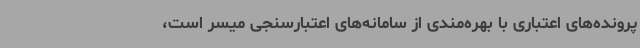
پرونده‌های اعتباری با بهره‌مندی از سامانه‌های اعتبارسنجی میسر است،